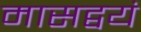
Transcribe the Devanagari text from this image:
मासद्वयं